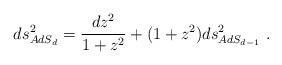
LaTeX: \begin{align*}ds_{AdS_d}^2= {dz^2\over 1+z^2} + (1+z^2) ds^2_{AdS_{d-1}}\ .\end{align*}